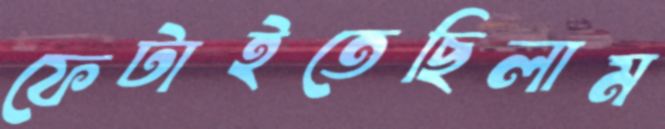
ফেটাইতেছিলাম